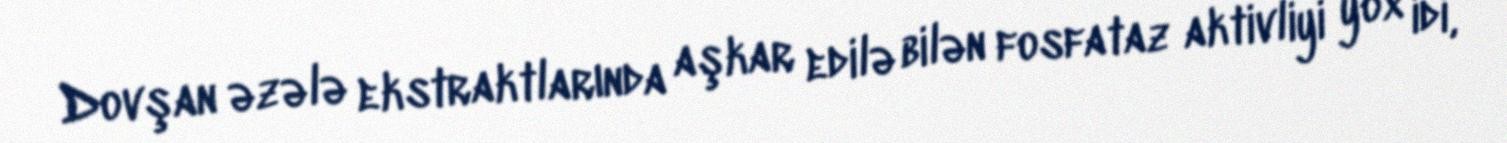
Dovşan əzələ ekstraktlarında aşkar edilə bilən fosfataz aktivliyi yox idi,